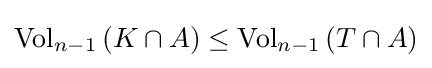
\mathrm {Vol} _{n-1}\,(K\cap A)\leq \mathrm {Vol} _{n-1}\,(T\cap A)